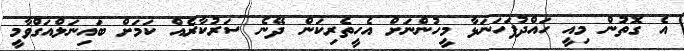
އެ ގޮތުން މިއީ ހައްދުފަހަނަޅާ މީހުންނަށް އެހީތެރިކަން ދޭނެ ސަރުކާރެއް ކަމަށް ބައިނަލްއަގްވާމީ